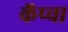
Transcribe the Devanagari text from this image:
कॅप्चा